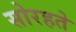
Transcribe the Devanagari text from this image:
सोरहते